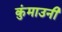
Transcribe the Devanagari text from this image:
कुंमाउनी